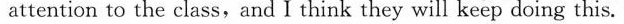
attention to the class,and I think they will keep doing this.